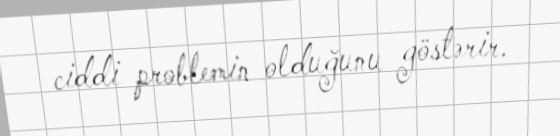
ciddi problemin olduğunu göstərir.